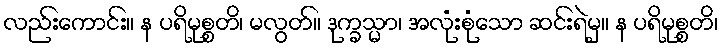
လည်းကောင်း။ န ပရိမုစ္စတိ၊ မလွတ်။ ဒုက္ခသ္မာ၊ အလုံးစုံသော ဆင်းရဲမှ။ န ပရိမုစ္စတိ၊